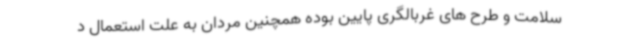
سلامت و طرح های غربالگری پایین بوده همچنین مردان به علت استعمال د